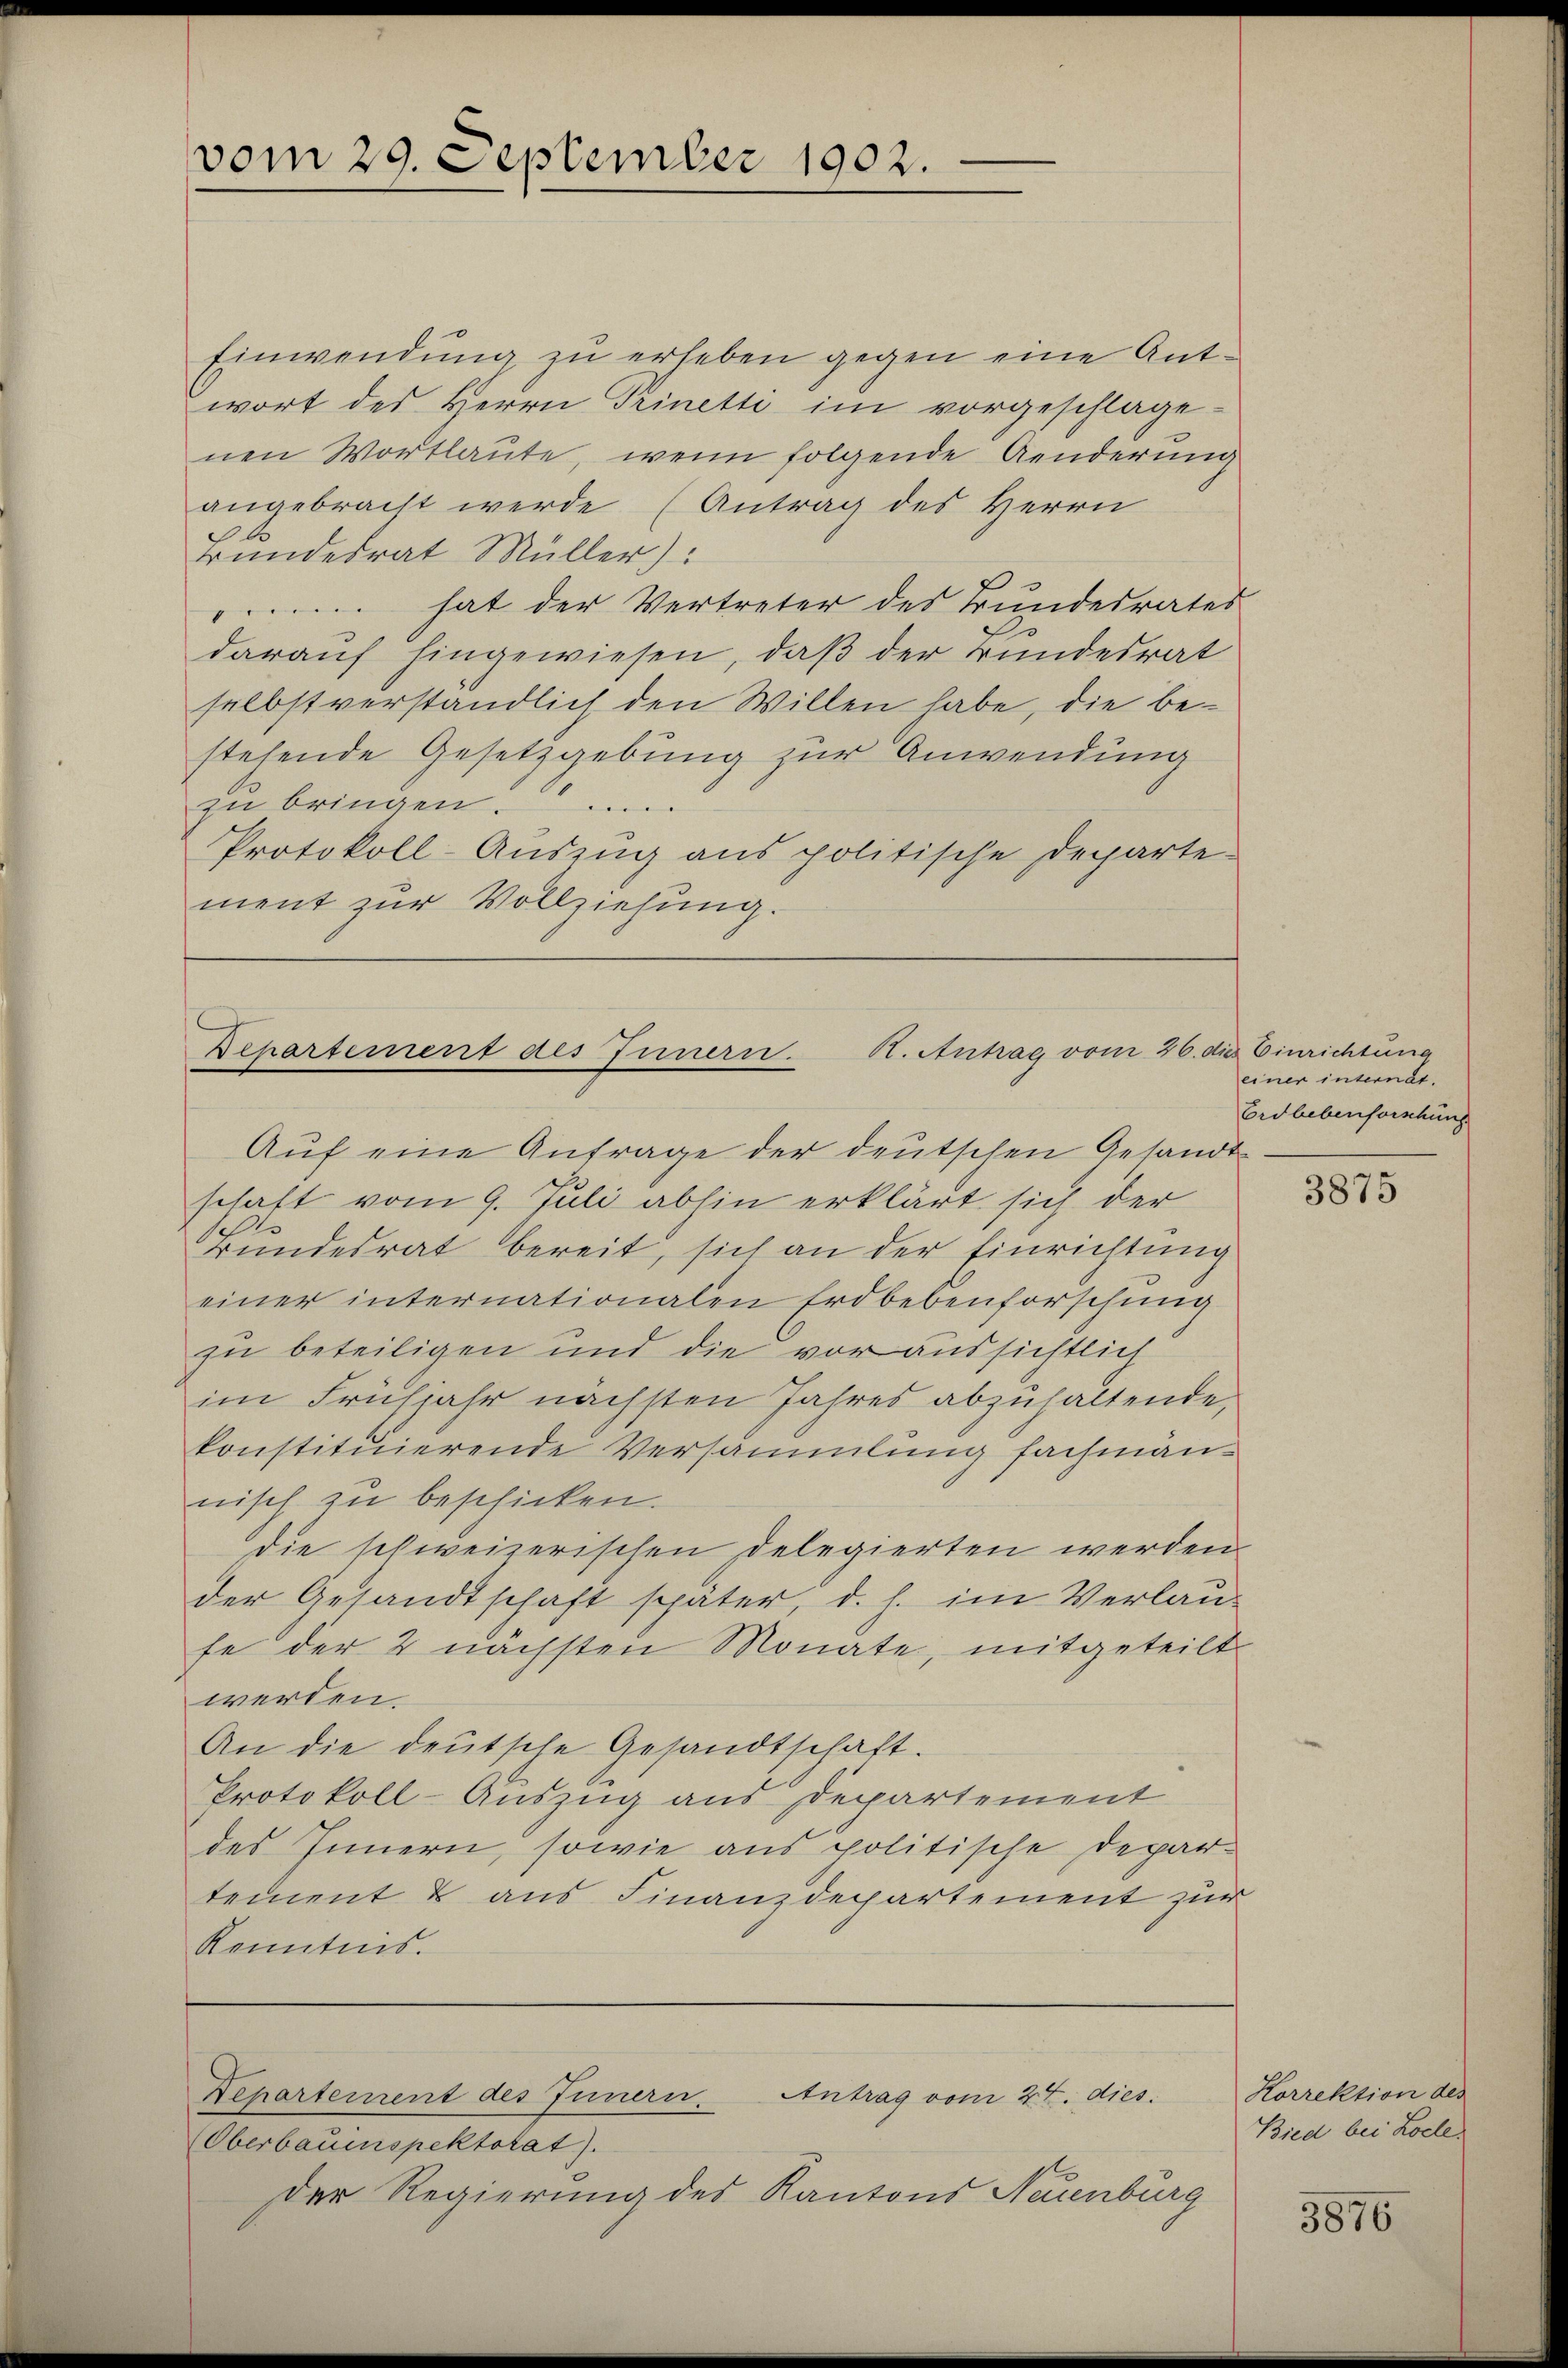
vom 29. September 1902.

Einwendung zu erheben gegen eine Antwort des Herrn Prinetti im vorgeschlagenen Wortlaute, wenn folgende Aenderung
angebracht werde (Antrag des Herrn
A
rundesrat Müller)
hat der Vertreter des Bundesrates
darauf hingewiesen, daß der Bundesrat
selbstverständlich den Willen habe, die bestehende Gesetzgebung zur Anwendung
zŭ bringen.....
Protokoll-Auszug aus politische Departe
ment zur Vollziehung.

Departement des Innern. K. Antrag vom 26. die

Aŭf eine Anfrage der deutschen Gesandt-
schaft vom 9. Juli abhin erklärt sich der
Bundesrat bereit, sich an der Einrichtung
einer internationalen Erdbebenforschung
zu beteiligen und die vor aussichtlich
im Frühjahr nächsten Jahres abzuhaltende,
konstituierende Versammlung fachmännisch zu beschicken.
die schweizerischen Delegierten werden.
der Gesandtschaft später, d. h. im Verlaufe der 2 nächsten Monate, mitgeteilt
werden.
An die deutsche Gesandtschaft.
Protokoll-Auszug aus Departement
des Innern, sowie aus politische Departement & aus Finanzdepartement zur
Kenntnis.

Departement des Innern.
Antrag vom 24. dies

Oberbauenspektorat).
der Regierung des Kantons Neuenburg

es Einrichtung
einer internat.
Erdbebenforschung

3875

Korrektion des
Bied bei Loell

3876